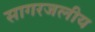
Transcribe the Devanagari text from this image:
सागरजलीय